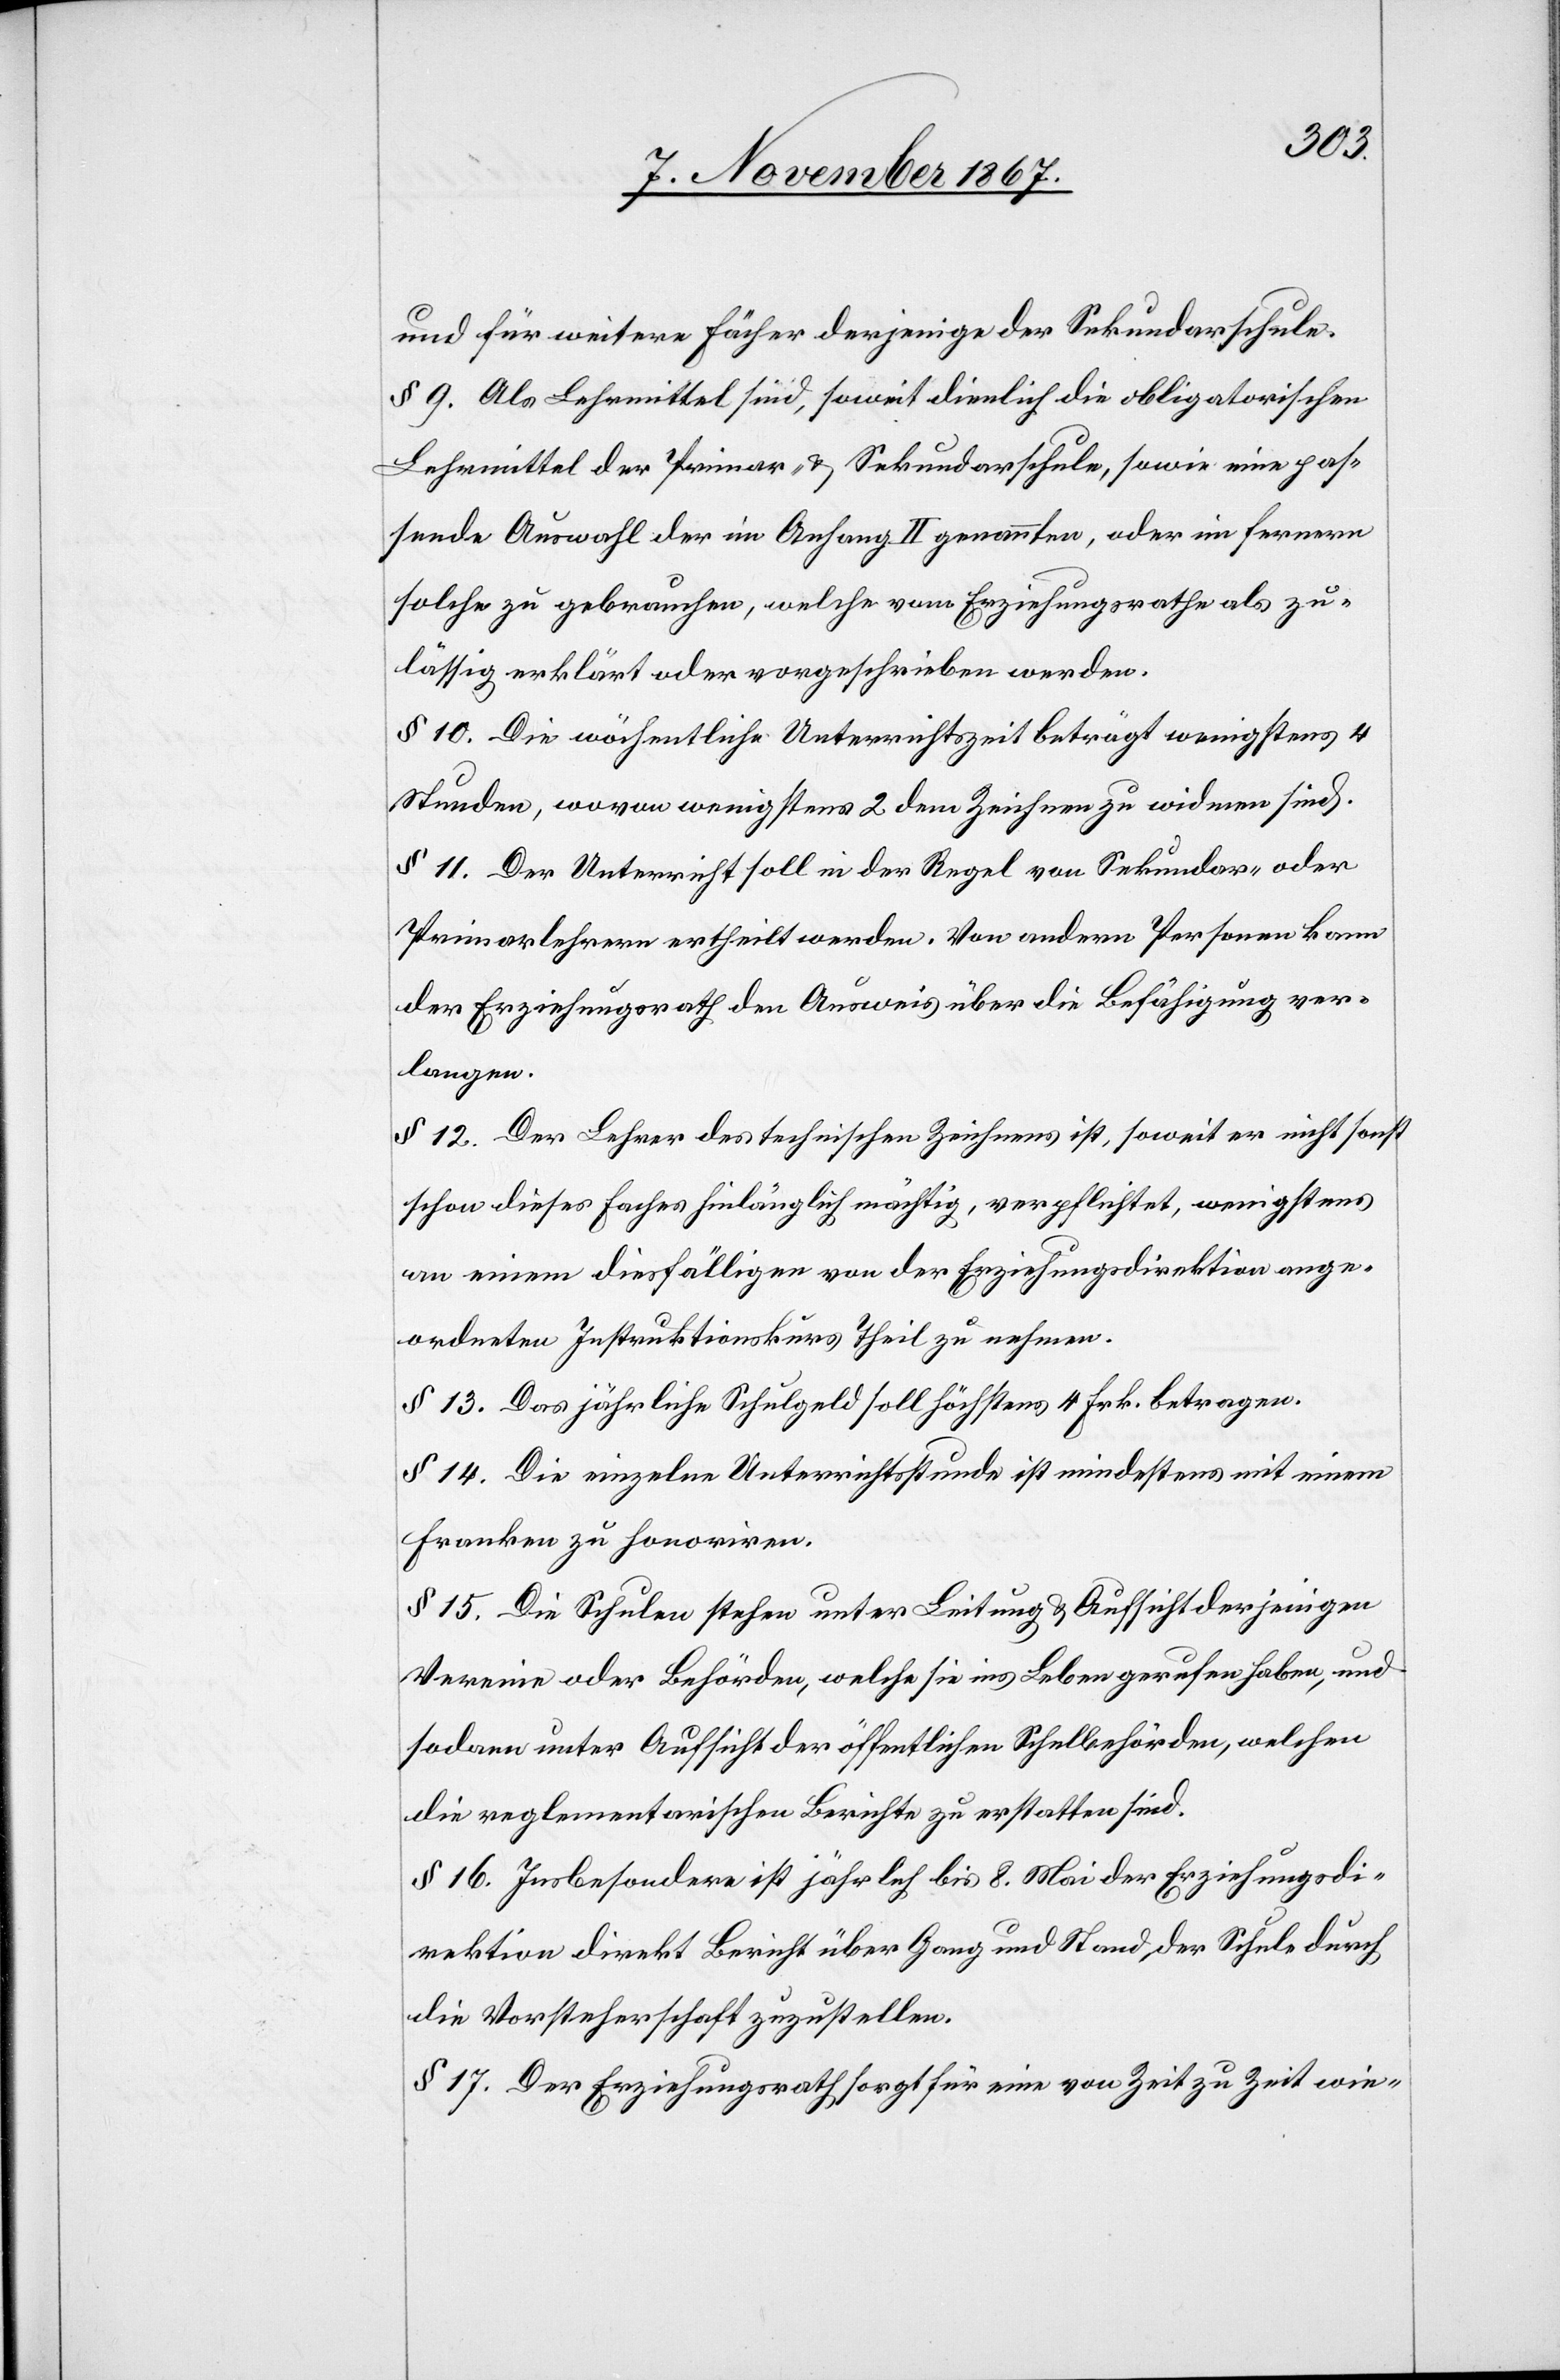
und für weitere Fächer derjenige der Sekundarschule.
§ 9. Als Lehrmittel sind, soweit dienlich, die obligatorischen
Lehrmittel der Primar- u. Sekundarschule, sowie eine pas¬
sende Auswahl der im Anfang II genannten, oder im fernern
solche zu gebrauchen, welche vom Erziehungsrathe als zu¬
lässig erklärt oder vorgeschrieben werden.
§ 10. Die wöchentliche Unterrichtszeit beträgt wenigstens 4
Stunden, wovon wenigstens 2 dem Zeichnen zu widmen sind.
§ 11. Der Unterricht soll in der Regel von Sekundar- oder
Primarlehrern ertheilt werden. Von andern Personen kann
der Erziehungsrath den Ausweis über die Befähigung ver¬
langen.
§ 12. Der Lehrer des technischen Zeichnens ist, soweit er nicht sonst
schon dieses Faches hinlänglich mächtig, verpflichtet, wenigstens
an einem diesfälligen von der Erziehungsdirektion ange¬
ordneten Instruktionskurs Theil zu nehmen.
§ 13. Das jährliche Schulgeld soll höchstens 4 Frk. betragen.
§ 14. Die einzelne Unterrichtsstunde ist mindestens mit einem
Franken zu honoriren.
§ 15. Die Schulen stehen unter Leitung u. Aufsicht derjenigen
Vereine oder Behörden, welche sie ins Leben gerufen haben, und
sodann unter Aufsicht der öffentlichen Schulbehörden, welchen
die reglementarischen Berichte zu erstatten sind.
§ 16. Insbesondere ist jährlich bis 8. Mai der Erziehungsdi¬
rektion direkt Bericht über Gang und Stand der Schule durch
die Vorsteherschaft zuzustellen.
§ 17. Der Erziehungsrath sorgt für eine von Zeit zu Zeit wie-